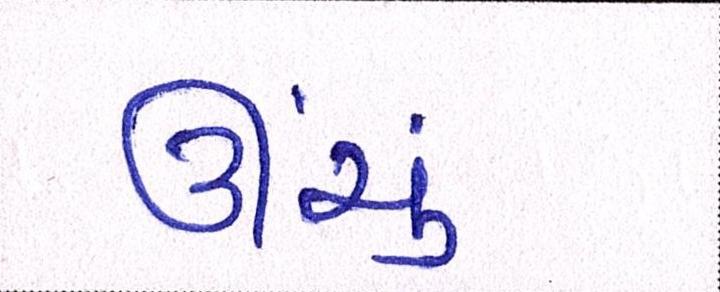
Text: ઊંચું